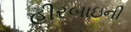
હીરબાઇની